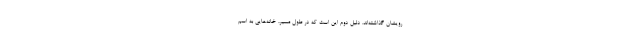
رویشان گذاشته‌اند. دلیل دوم این است که در طول مسیر، خانه‌هایی به اسم